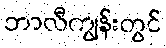
ဘာလီကျွန်းတွင်